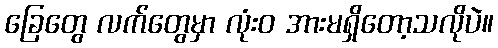
ခြေတွေ လက်တွေမှာ လုံးဝ အားမရှိတော့သလိုပဲ။